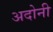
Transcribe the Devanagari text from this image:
अदोनी